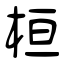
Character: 桓